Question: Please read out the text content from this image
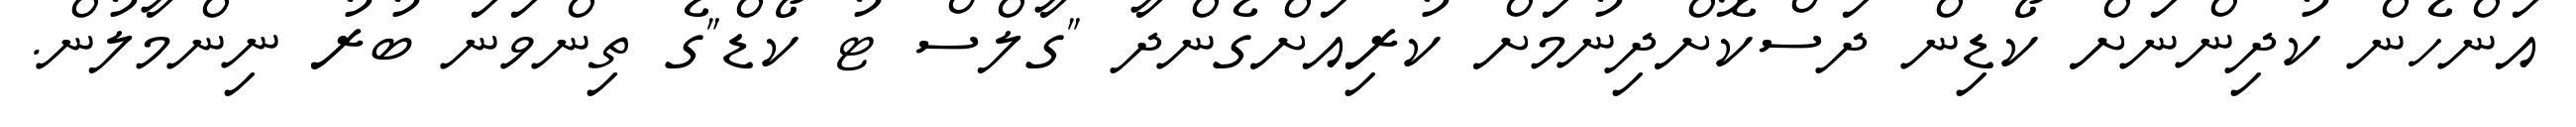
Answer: އަންހެން ކުދިންނަށް ކޯޑިން ދަސްކޮށްދިނުމަށް ކުރިއަށްގެންދާ "ގާލްސް ޓު ކޯޑް"ގެ ތިންވަނަ ބުރު ނިންމާލުން.